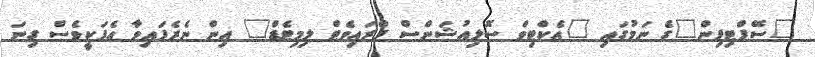
"ސޭފްޓިޕިން"ގެ ނަމުގައި "އެކްޓިވް ސޮލިއުޝަންސް ޕްރައިވެޓް ލިމިޓެޑް" އިން ނެރެފައިވާ އެޕަކީވެސް ގިނަ